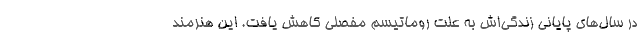
در سال‌های پایانی زندگی‌اش به علت روماتیسم مفصلی کاهش یافت. این هنرمند